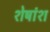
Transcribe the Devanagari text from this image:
शेषांश